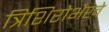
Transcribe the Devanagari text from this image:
त्रिशिरोभैखे